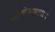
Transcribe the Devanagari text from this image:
स्टीनोमाइलान